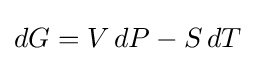
dG=V\,dP-S\,dT